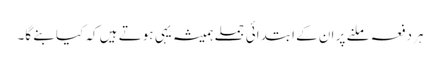
ہردفعہ ملنے پر ان کے ابتدائی جملے ہمیشہ یہی ہوتے ہیں کہ کیا بنے گا۔